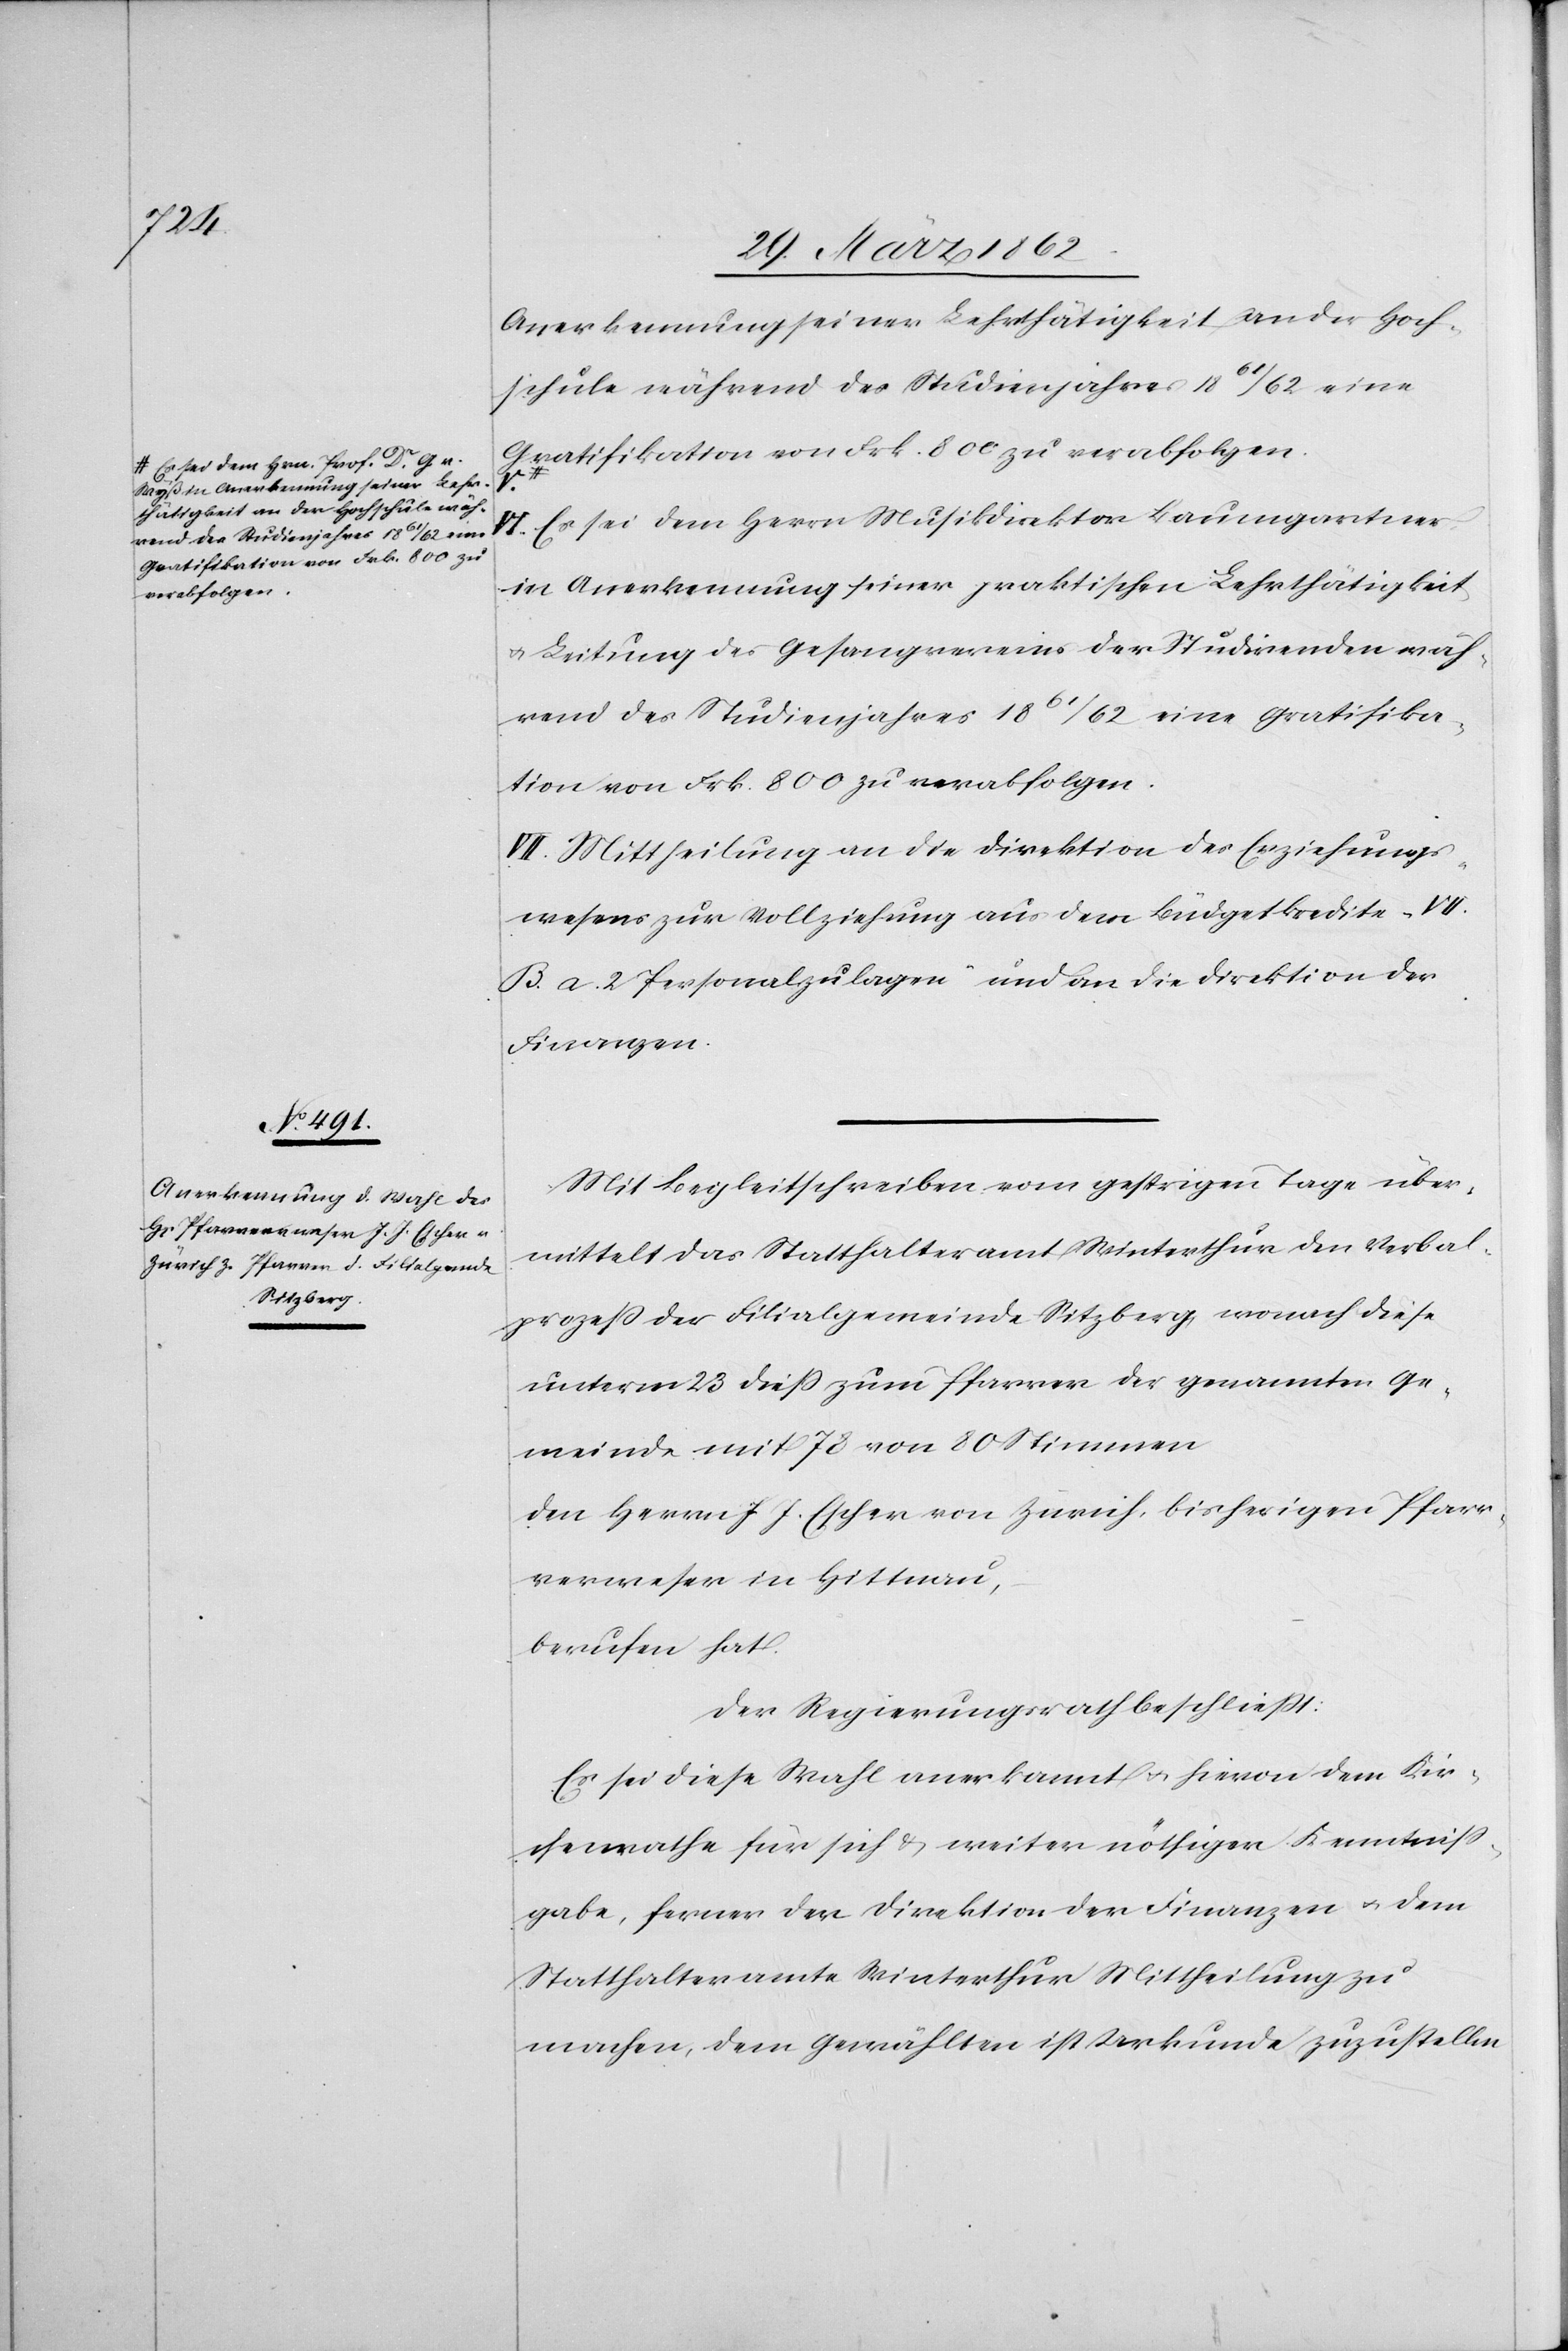
a-Es sei dem Hrn. Prof. Dr. G. v.
Wyss in Anerkennung seiner Lehr¬
thätigkeit an der Hochschule wäh¬
rend des Studienjahres 1861/62 eine
Gratifikation von Frk. 800 zu
verabfolgen.-a

Anerkennung seiner Lehrthätigkeit an der Hoch¬
schule während des Studienjahres 1861/62 eine
Gratifikation von Frk. 800 zu verabfolgen.
V.
VI. Es sei dem Herrn Musikdirektor Baumgartner
in Anerkennung seiner praktischen Lehrthätigkeit
u. Leitung des Gesangvereins der Studirenden wäh¬
rend des Studienjahres 1861/62 eine Gratifika¬
tion von Frk. 800 zu verabfolgen.
VII. Mittheilung an die Direktion des Erziehungs¬
wesens zur Vollziehung aus dem Büdgetkredite „VII.
B. a. 2 Personalzulagen“ und an die Direktion der
Finanzen.
Mit Begleitschreiben vom gestrigen Tage über¬
mittelt das Statthalteramt Winterthur den Verbal¬
prozeß der Filialgemeinde Sitzberg wonach diese
unterm 23 dieß zum Pfarrer der genannten Ge¬
meinde mit 78 von 80 Stimmen
den Herrn J. J. Escher von Zürich, bisheriger Pfarr¬
verweser in Hittnau,
berufen hat.
Der Regierungsrath beschließt:
Es sei diese Wahl anerkannt u. hievon dem Kir¬
chenrathe für sich & weiter nöthiger Kenntniß¬
gabe, ferner der Direktion der Finanzen u. dem
Statthalteramte Winterthur Mittheilung zu
machen, dem Gewählten ist Urkunde zuzustellen